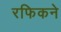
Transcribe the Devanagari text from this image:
रफिकने